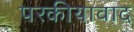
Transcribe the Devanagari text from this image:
परकीयावाद